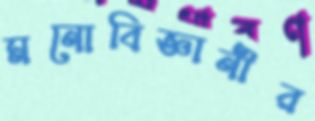
মনোবিজ্ঞানীর